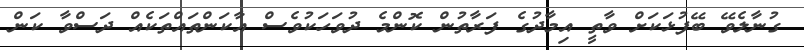
ގުނާލެވޭ ބޭފުޅަކަށް ވާތީ އިމާދުގެ ފަރާތުން ކޮންމެ ދުވަހަކުވެސް އާކަންތައްތަކެއް ދަސްވާ ކަން